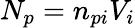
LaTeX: N_{p}=n_{pi}V_{i}